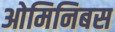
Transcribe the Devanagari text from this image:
ओमिनिबस